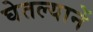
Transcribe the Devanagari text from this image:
घेतल्यानें